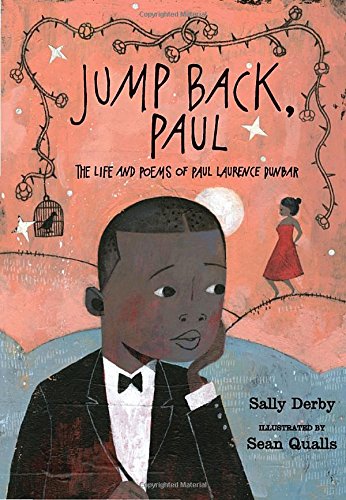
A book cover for Jump Back, Paul: The Life and Poems of Paul Laurence Dunbar; Sally Derby; Children's Books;